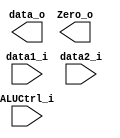
module ALU(data1_i, data2_i, ALUCtrl_i, data_o, Zero_o);
input signed [31:0] data1_i, data2_i;
input  [2:0]  ALUCtrl_i;
output [31:0] data_o;
output        Zero_o;

// TODO

endmodule